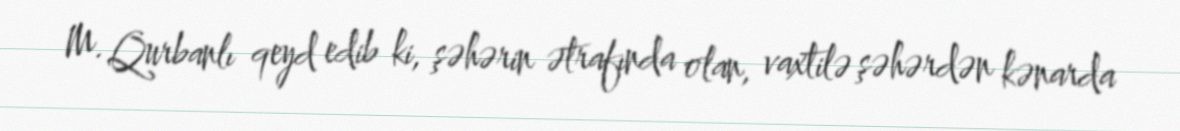
M. Qurbanlı qeyd edib ki, şəhərin ətrafında olan, vaxtilə şəhərdən kənarda